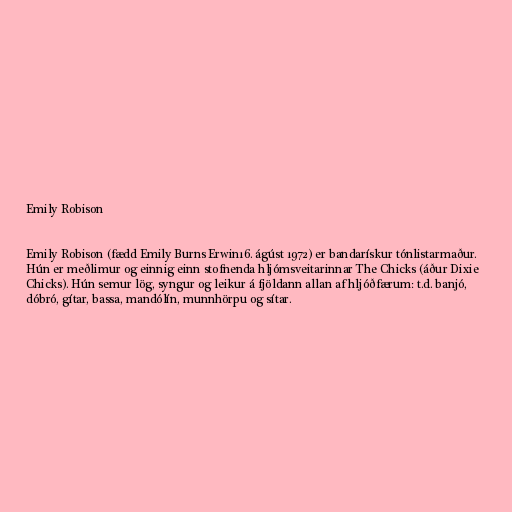
Emily Robison

Emily Robison (fædd Emily Burns Erwin16. ágúst 1972) er bandarískur tónlistarmaður.
Hún er meðlimur og einnig einn stofnenda hljómsveitarinnar The Chicks (áður Dixie
Chicks). Hún semur lög, syngur og leikur á fjöldann allan af hljóðfærum: t.d. banjó,
dóbró, gítar, bassa, mandólín, munnhörpu og sítar.